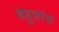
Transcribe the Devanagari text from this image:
बहुतांस